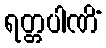
ရတ္တပါဏိံ